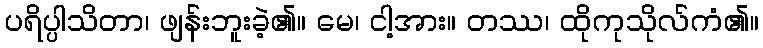
ပရိပ္ပါသိတာ၊ ဖျန်းဘူးခဲ့၏။ မေ၊ ငါ့အား။ တဿ၊ ထိုကုသိုလ်ကံ၏။